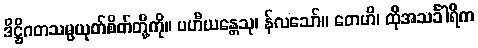
ဒိဋ္ဌိဂတသမ္ပယုတ်စိတ်တို့ကို။ ပဟီယန္တေသု၊ န်လသော်။ တေဟိ၊ ထိုအသင်္ခါရိက